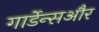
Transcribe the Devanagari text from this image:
गार्डेन्सऔर